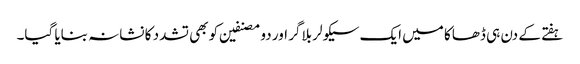
ہفتے کے دن ہی ڈھاکا میں ایک سیکولر بلاگر اور دو مصنفین کو بھی تشدد کا نشانہ بنایا گیا۔